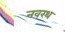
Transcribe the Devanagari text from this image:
नवरथ